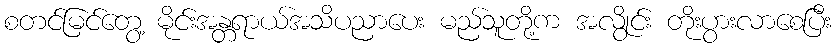
စတင်မြင်တွေ့ မိုင်းအန္တရာယ်အသိပညာပေး မည်သူတို့က အလွိုင်း တိုးပွားလာစေပြီး